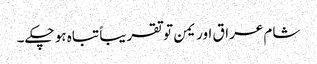
شام عراق اور یمن تو تقریباً تباہ ہو چکے۔